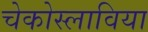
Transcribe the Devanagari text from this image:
चेकोस्लाविया